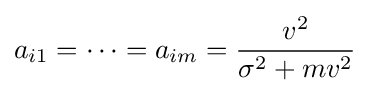
a_{i1}=\cdots =a_{im}={\frac {v^{2}}{\sigma ^{2}+mv^{2}}}